Indian journal of veterinary science and animal husbandry - Volume 4,
Year: 1934
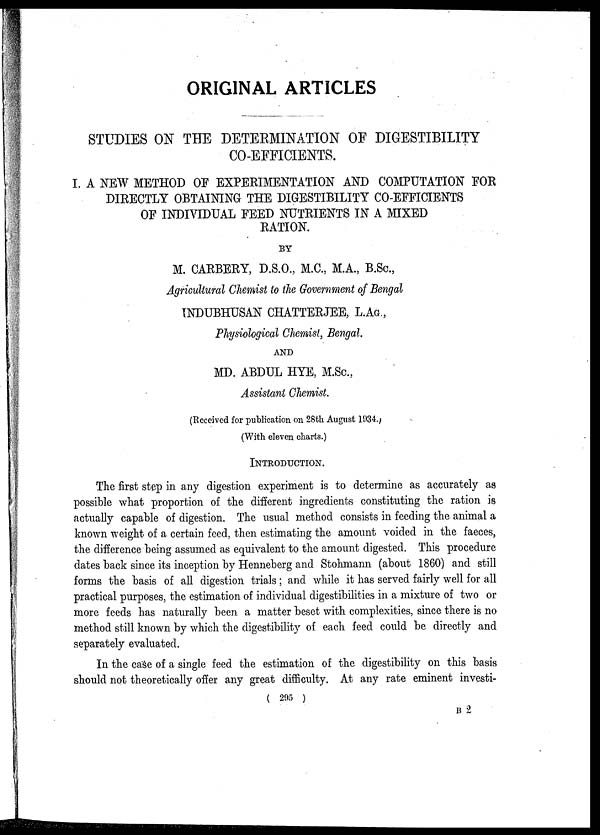
DETERMINATION OF DIGESTIBILITY CO-EFFICIENTS
303
leading to this paper, a fairly elaborate scheme was set up, in which it was ensured
that the normal condition of the animals was maintained. This will be seen from
the nitrogen balance and live weight figures, etc. (Appendices I and II). Six
animals were divided into three groups, each group receiving in turn 1 lb., 2 lbs. and
3 lbs. linseed cake as concentrate with paddy straw ad lib as roughage. The animals
were so chosen that at the time of starting the experiment the total live weight
under each group was more or less the same. Further sufficient interval was
provided between one test and another in order to eliminate as far as possible the
residual effect of the previous feed. Sufficient quantities of straw and cake from
the same source were stored in advance to ensure a uniform quality of feed during
the entire period of the trial.
The following represents the design of the scheme :—
1st Test
1 lb.
D 3
cake
D 6
21b.
D 1
cake
D 2
31b.
D 7
cake
D 8
2nd Test
1 lb.
D 7
cake
D 8
21b.
D 3
cake
D 6
31b.
D 1
cake
D 2
3rd Test
1 lb.
D 1
cake
D 2
21b.
D 7
cake
D 8
3 lb.
D 3
cake
D 6
The whole arrangement was on a restricted randomised basis distributed in
a cyclic order whereby all the animals were in turn under 1 lb., 2 lb. and 3 lb.
combinations. This provided on one side, the same kind and quality of both
roughage and concentrate and on the other, reduced the chances of error to a
minimum whether with respect to the animals or their feeds.